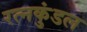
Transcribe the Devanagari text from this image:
रत्नकुंडल